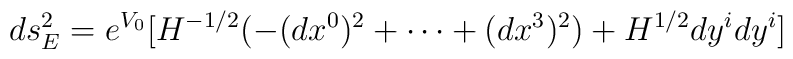
d s_E^2 = e^{V_0} \big[ H^{- 1/2} (- (d x^0)^2 +\cdots + (d x^3)^2 ) + H^{ 1/2} dy^idy^i \big]